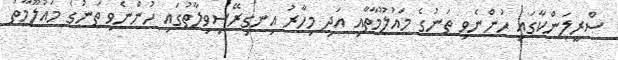
ސްރީލަންކާގައި ހުންނެވި ތަނުގެ މައުލޫމާތާއި އަދި މިހާރު އިނގިރޭސިވިލާތުގައި ހުންނެވި ތަނުގެ މައުލޫމާތު